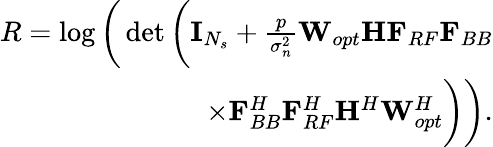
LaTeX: \begin{array}{r}{R=\log\bigg(\operatorname*{det}\bigg(\mathbf{I}_{N_{s}}+\frac{p}{\sigma_{n}^{2}}{{{{\mathbf{W}}_{opt}}}{\mathbf{H}}{{\mathbf{F}}_{RF}}{{\mathbf{F}}_{BB}}}}\\ {\times{{\mathbf{F}}_{BB}^{H}{\mathbf{F}}_{RF}^{H}{{\mathbf{H}}^{H}}{{{\mathbf{W}}_{opt}^{H}}}}\bigg)\bigg).}\end{array}